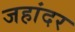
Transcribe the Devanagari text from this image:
जहांदर